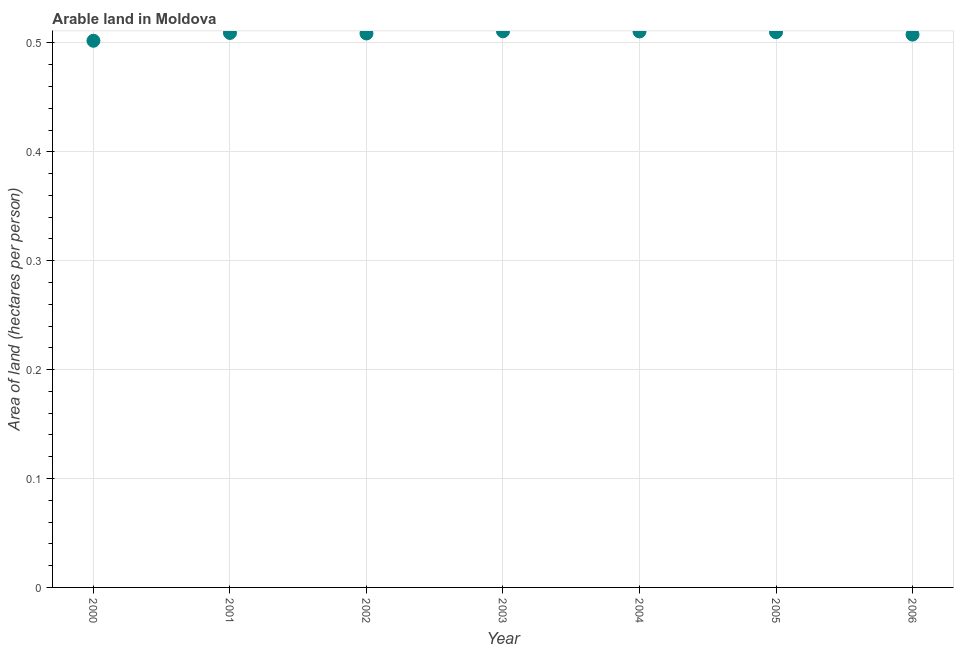
| Year | Arable land |
 | --- | --- |
 | 2000 | 0.502 |
 | 2001 | 0.509 |
 | 2002 | 0.509 |
 | 2003 | 0.511 |
 | 2004 | 0.511 |
 | 2005 | 0.51 |
 | 2006 | 0.508 |